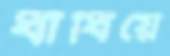
ধাঁধিয়ে